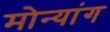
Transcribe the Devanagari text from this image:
मोन्यांग